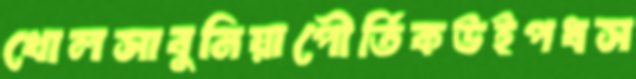
খোলসাবুনিয়াপৌর্তিকউইপধস